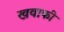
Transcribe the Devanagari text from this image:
खवाफी